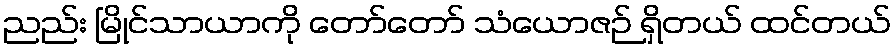
ညည်း မြိုင်သာယာကို တော်တော် သံယောဇဉ် ရှိတယ် ထင်တယ်